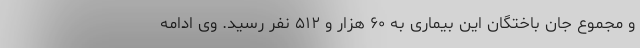
و مجموع جان باختگان این بیماری به ۶۰ هزار و ۵۱۲ نفر رسید. وی ادامه